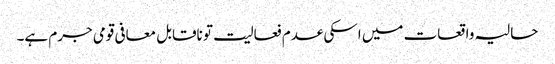
حالیہ واقعات میں اسکی عدم فعالیت تو ناقابل معافی قومی جرم ہے۔